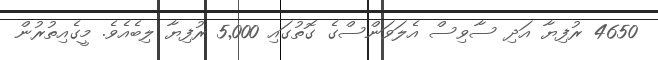
4650 ރުފިޔާ އަދި ސާވިސް އެލަވަންސްގެ ގޮތުގައި 5